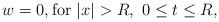
LaTeX: \begin{align*}w = 0, \mathrm{for} \ |x|> R, \ 0 \le t \le R,\end{align*}